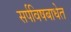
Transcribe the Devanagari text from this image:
सर्पविषबाधेत